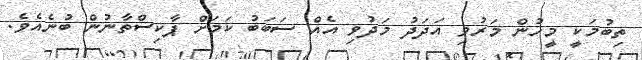
ތިބުމަކީ މީހުން މަރުވި އަދަދު މަދުވި އެއް ސަބަބު ކަމަށް ޕާކިސްތާނުން ބުނެއެވެ.